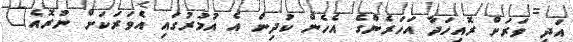
އަދި ވަރަށް ރޮއިހަދާ އަހަރެންގެ އެހެން ކުދިން އެ އުމުރުގައި އެވަރަކަށް ނުރޮއެ"